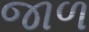
જાળ